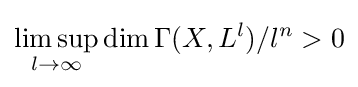
\displaystyle \limsup _{l\to \infty }\operatorname {dim} \Gamma (X,L^{l})/l^{n}>0